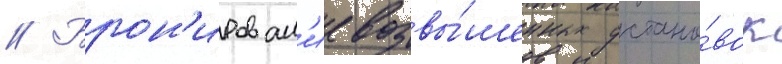
// Брон'ирован'ие возвы́шенных устано́вок